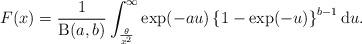
LaTeX: \begin{align*}F(x) = \frac{1}{\operatorname{B}(a,b)}\int^{\infty}_{\frac{\theta}{x^2}}\exp(-au)\left\{ 1-\exp(-u) \right\}^{b-1}\mathrm{d}u.\end{align*}